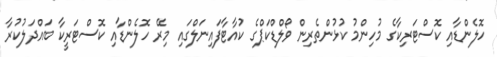
ހޮލެންޑާއި ކޮސްޓަރިކާގެ މުހިންމު ކުޅުންތެރިން ވޯލްޑްކަޕްގެ ކުއާޓާފައިނަލްގައި މިރޭ ހޮލެންޑާއި ކޮސްޓަރީކާ ބައްދަލުކުރާ